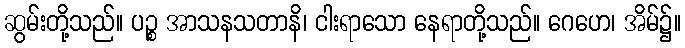
ဆွမ်းတို့သည်။ ပဉ္စ အာသနသတာနိ၊ ငါးရာသော နေရာတို့သည်။ ဂေဟေ၊ အိမ်၌။